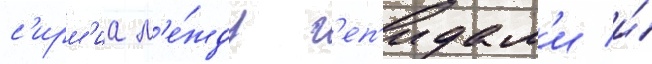
с'ирм'иа м'е́жду г'еп'идам'и и́